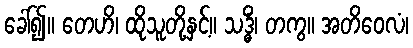
ခေါ်၍။ တေဟိ၊ ထိုသူတို့နှင့်။ သဒ္ဓိံ၊ တကွ။ အတိဝေလံ၊